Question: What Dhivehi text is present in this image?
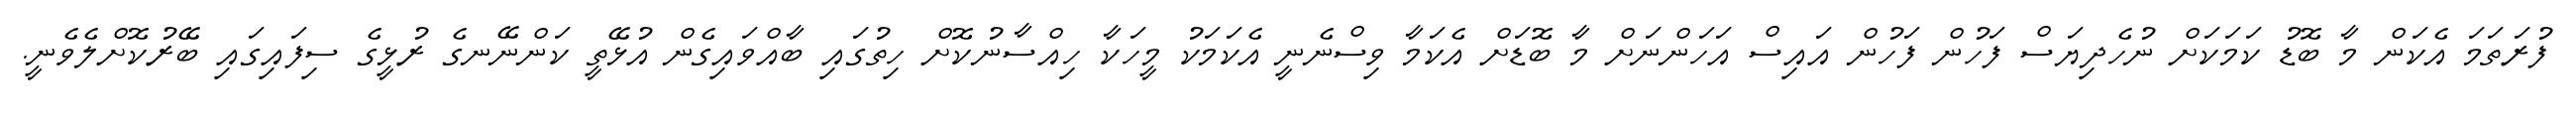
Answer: ފުރަތަމަ އެކަން މާ ބޮޑު ކަމަކަށް ނުހެދިޔަސް ފަހުން ފަހުން އައިސް އަހަންނަށް މާ ބޮޑަށް އެކަމާ ވިސްނެނީ އެކަމަކު މީހަކާ ހިއްސާނުކޮށް ހިތުގައި ބާއްވައިގެން އުޅޭތީ ކަންނޭނގެ ރުޅީގެ ސިފައިގައި ބޭރުކޮށްލެވެނީ.